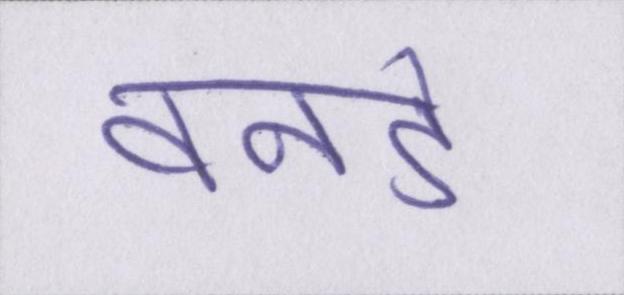
वनडे